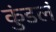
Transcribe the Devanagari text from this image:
कुंडलं